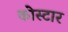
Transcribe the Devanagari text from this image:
कोस्टार